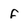
Character: f